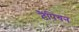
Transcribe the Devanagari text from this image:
टैंपियन